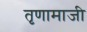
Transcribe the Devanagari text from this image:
तृणामाजी